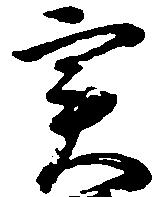
実